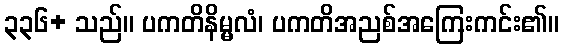
၃၃၆+ သည်။ ပကတိနိမ္မလံ၊ ပကတိအညစ်အကြေးကင်း၏။